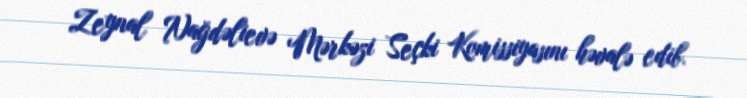
Zeynal Nağdəlievə Mərkəzi Seçki Komissiyasını həvalə edib.